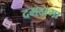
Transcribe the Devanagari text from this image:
दमदामा